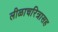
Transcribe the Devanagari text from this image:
लीळाचरित्रासह